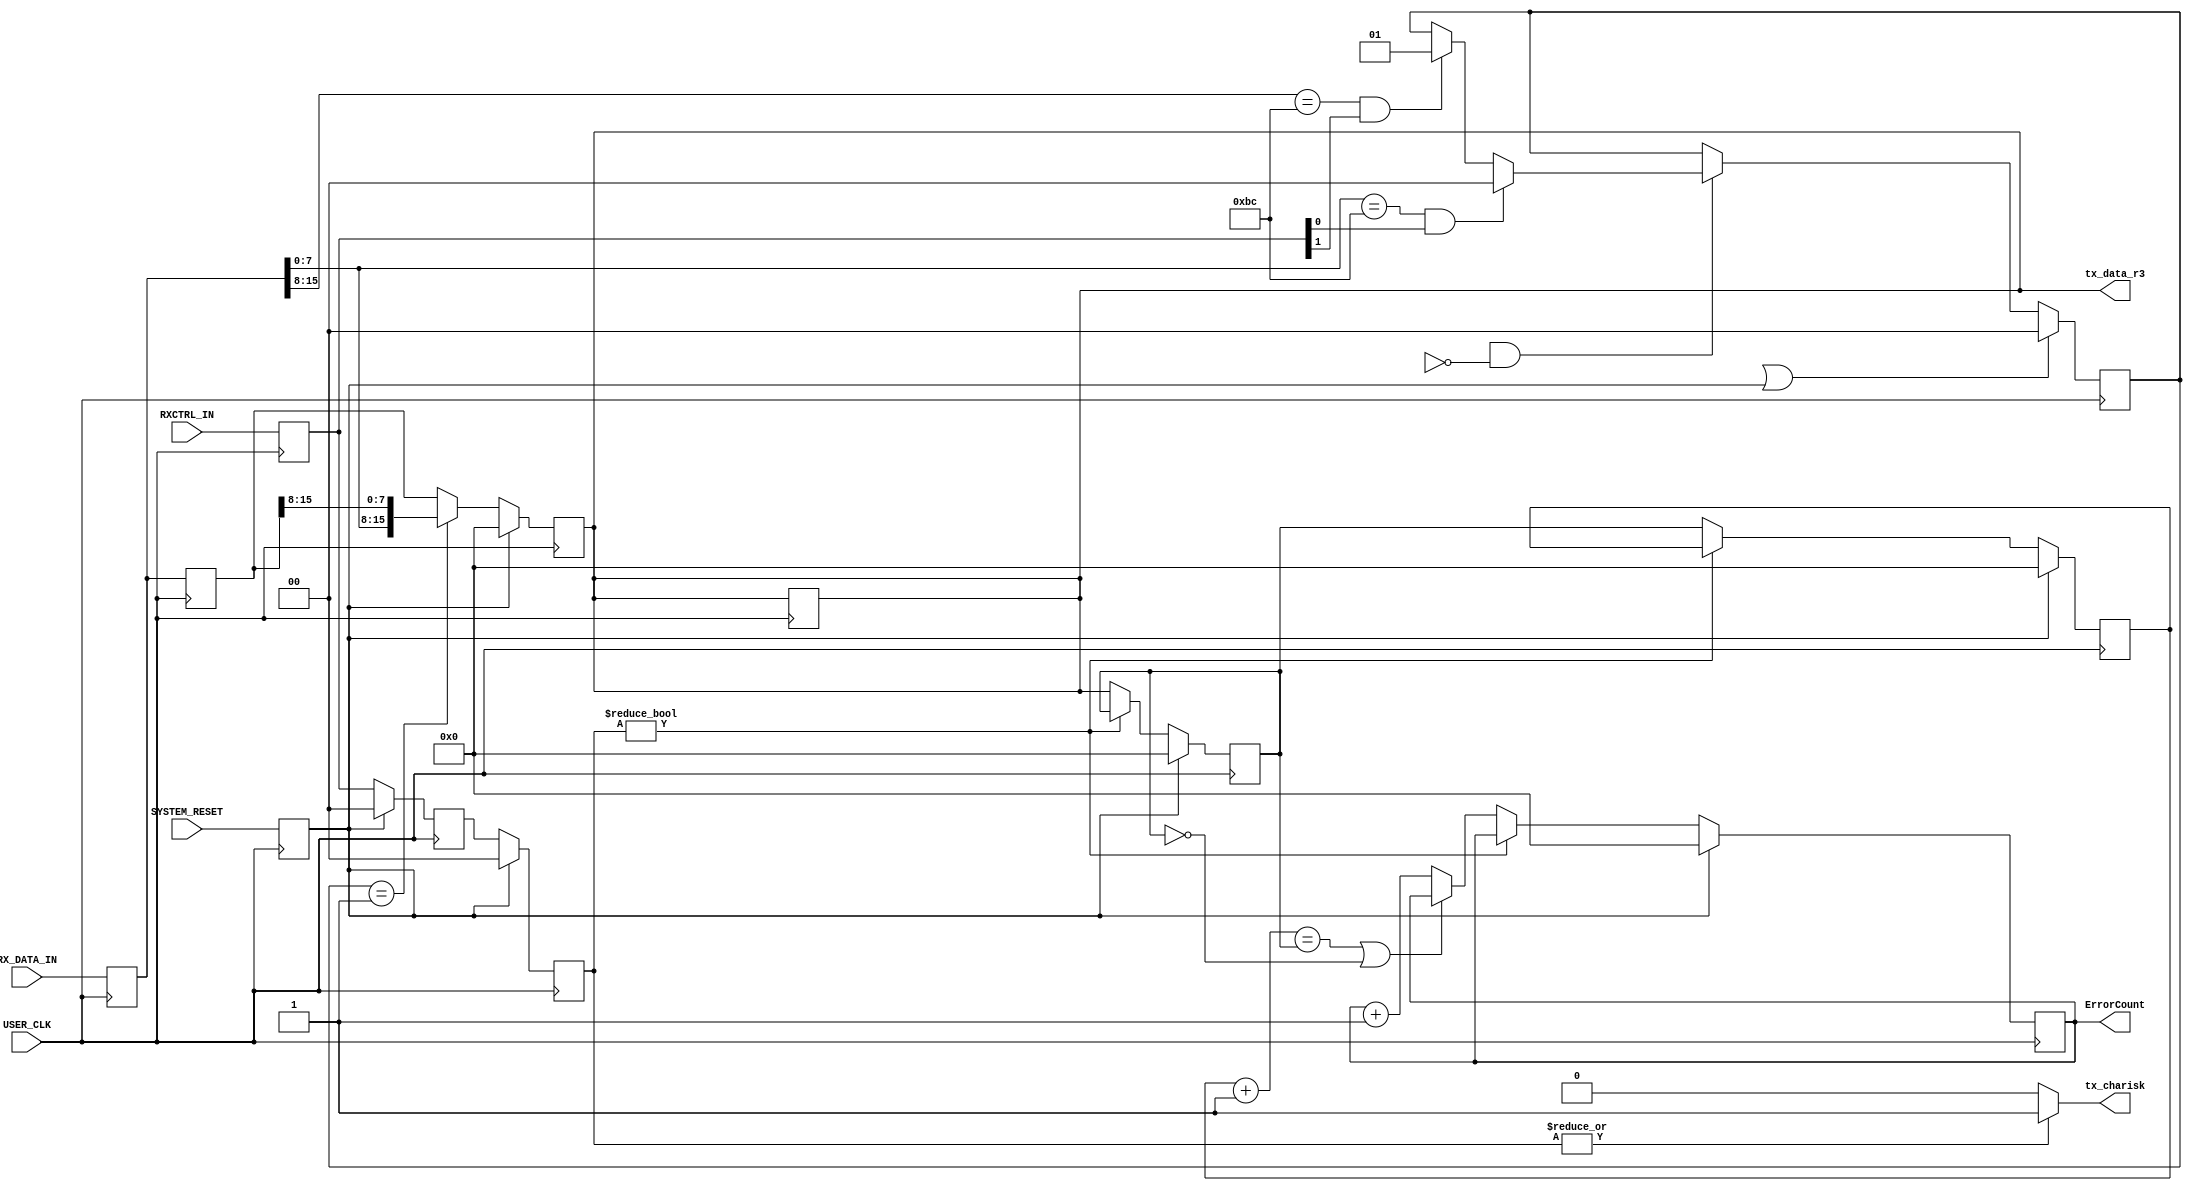
///////////////////////////////////////////////////////////////////////////////
//   ____  ____ 
//  /   /\/   / 
// /___/  \  /    Vendor: Xilinx 
// \   \   \/     Version : 1.12
//  \   \         Application : Virtex-6 FPGA GTX Transceiver Wizard  
//  /   /         Filename : frame_check.v
// /___/   /\      
// \   \  /  \ 
//  \___\/\___\ 
//
//
// Module FRAME_CHECK
// Generated by Xilinx Virtex-6 FPGA GTX Transceiver Wizard
// 
// 
// (c) Copyright 2009-2011 Xilinx, Inc. All rights reserved.
// 
// This file contains confidential and proprietary information
// of Xilinx, Inc. and is protected under U.S. and
// international copyright and other intellectual property
// laws.
// 
// DISCLAIMER
// This disclaimer is not a license and does not grant any
// rights to the materials distributed herewith. Except as
// otherwise provided in a valid license issued to you by
// Xilinx, and to the maximum extent permitted by applicable
// law: (1) THESE MATERIALS ARE MADE AVAILABLE "AS IS" AND
// WITH ALL FAULTS, AND XILINX HEREBY DISCLAIMS ALL WARRANTIES
// AND CONDITIONS, EXPRESS, IMPLIED, OR STATUTORY, INCLUDING
// BUT NOT LIMITED TO WARRANTIES OF MERCHANTABILITY, NON-
// INFRINGEMENT, OR FITNESS FOR ANY PARTICULAR PURPOSE; and
// (2) Xilinx shall not be liable (whether in contract or tort,
// including negligence, or under any other theory of
// liability) for any loss or damage of any kind or nature
// related to, arising under or in connection with these
// materials, including for any direct, or any indirect,
// special, incidental, or consequential loss or damage
// (including loss of data, profits, goodwill, or any type of
// loss or damage suffered as a result of any action brought
// by a third party) even if such damage or loss was
// reasonably foreseeable or Xilinx had been advised of the
// possibility of the same.
// 
// CRITICAL APPLICATIONS
// Xilinx products are not designed or intended to be fail-
// safe, or for use in any application requiring fail-safe
// performance, such as life-support or safety devices or
// systems, Class III medical devices, nuclear facilities,
// applications related to the deployment of airbags, or any
// other applications that could lead to death, personal
// injury, or severe property or environmental damage
// (individually and collectively, "Critical
// Applications"). Customer assumes the sole risk and
// liability of any use of Xilinx products in Critical
// Applications, subject only to applicable laws and
// regulations governing limitations on product liability.
// 
// THIS COPYRIGHT NOTICE AND DISCLAIMER MUST BE RETAINED AS
// PART OF THIS FILE AT ALL TIMES. 


`timescale 1ns / 1ps
`define DLY #1

//***********************************Entity Declaration************************

module FRAME_CHECK #
(
    // parameter to set the number of words in the BRAM
    parameter   RX_DATA_WIDTH            =   16,
    parameter  RXCTRL_WIDTH              =    2
)	
(
    // User Interface
    input  wire [(RX_DATA_WIDTH-1):0] RX_DATA_IN,
    input  wire [(RXCTRL_WIDTH-1):0]  RXCTRL_IN,
    output wire [15:0]ErrorCount,
	output wire [15:0]  tx_data_r3,
	output wire   tx_charisk,
 // System Interface
    input  wire         USER_CLK,
    input  wire         SYSTEM_RESET
 
);


//***************************Internal Register Declarations******************** 

    reg             reset_on_error_in_r;
    reg             system_reset_r;

    reg             begin_r;
 (*Debug = "true"*)  reg             data_error_detected_r;
    reg     [8:0]   error_count_r;
 (*Debug = "true"*)  reg             error_detected_r;
    reg     [9:0]   read_counter_i;    

    reg     [79:0] rom [0:511];    

    reg     [(RX_DATA_WIDTH-1):0] rx_data_r;
    reg     [(RX_DATA_WIDTH-1):0] rx_data_r_track;

	reg             start_of_packet_detected_r;    
	reg             track_data_r;
	reg             track_data_r2;
	reg             track_data_r3;
	reg     [79:0]  rx_data_ram_r;
 (*MARK_DEBUG = "True"*)    reg     [(RX_DATA_WIDTH-1):0] rx_data_r2;
 (*MARK_DEBUG = "True"*)    reg     [(RX_DATA_WIDTH-1):0] rx_data_r3;
    reg     [(RX_DATA_WIDTH-1):0] rx_data_r4;
    reg     [(RX_DATA_WIDTH-1):0] rx_data_r5;
    reg     [(RX_DATA_WIDTH-1):0] rx_data_r6;
    reg     [(RXCTRL_WIDTH-1):0]  rxctrl_r;
    reg     [(RXCTRL_WIDTH-1):0]  rxctrl_r2;
    reg     [(RXCTRL_WIDTH-1):0]  rxctrl_r3;

    reg             rx_chanbond_seq_r;
    reg             rx_chanbond_seq_r2;
    reg             rx_chanbond_seq_r3; 
 
 
  (*Debug = "true"*)   reg     [1:0]   sel;

//*********************************Wire Declarations***************************


    (*Debug = "true"*) wire            error_detected_c;


	
    assign tx_data_r3                   = rx_data_r3;
    assign tx_charisk                   = (|rxctrl_r3==1'b1)?1'b1:1'b0;
//*********************************Main Body of Code***************************

    //___________ synchronizing the async reset for ease of timing simulation ________
      always@(posedge USER_CLK)
       system_reset_r <= `DLY SYSTEM_RESET;  

    //______________________ Register RXDATA once to ease timing ______________   

    always @(posedge USER_CLK)
    begin
        rx_data_r  <= `DLY    RX_DATA_IN;
        rx_data_r2 <= `DLY    rx_data_r;
    end 

    always @(posedge USER_CLK)
    begin
        rxctrl_r  <= `DLY    RXCTRL_IN;
    end
    //______________________________ Capture incoming data ____________________    

    always @(posedge USER_CLK)
    begin
        if(system_reset_r)    rx_data_r3 <= 'h0;
        else
        begin
            if(sel == 2'b01)
            begin
                rx_data_r3   <=  `DLY    {rx_data_r[(RX_DATA_WIDTH/2 - 1):0],rx_data_r2[(RX_DATA_WIDTH-1):RX_DATA_WIDTH/2]};  
            end
        else rx_data_r3  <=  `DLY    rx_data_r2;
        end
    end

    always @(posedge USER_CLK)
    begin
        if(system_reset_r)  
        begin
            rxctrl_r2      <=  `DLY   'h0;
            rxctrl_r3      <=  `DLY   'h0;
        end
        else
        begin
            rxctrl_r2      <=  `DLY   rxctrl_r;
            rxctrl_r3      <=  `DLY   rxctrl_r2;
        end
    end
    assign rx_data_aligned = rx_data_r3;
    // In 2 Byte scenario, when align_comma_word=1, Comma can appear on any of the two bytes
    // The comma is moved to the lower byte so that error checking can start
    always @(posedge USER_CLK)
    begin
        if(reset_on_error_in_r || system_reset_r)    sel <= 2'b00;
        else if (begin_r && !rx_chanbond_seq_r)
        begin
            // if Comma appears on BYTE0 ..
            if((rx_data_r[(RX_DATA_WIDTH/2 - 1):0] == 8'hBC) && rxctrl_r[0])
                sel <= 2'b00;
            // if Comma appears on BYTE1 ..            
            else if((rx_data_r[(RX_DATA_WIDTH-1):RX_DATA_WIDTH/2] == 8'hBC) && rxctrl_r[1])
            begin
                sel <= 2'b01;
            end
        end      
    end

	
	
	//!!!!add by LG //
//~~~~~~~~~~~~~~~~~~~~~~~~~~~~~~~~~~~~~Check Data ~~~~~~~~~~~~~~~~~~~~~~~~~~~//
    reg [15:0]TempError;
	
	reg [15:0]TempData1;
	reg [15:0]TempData2;
	always @ (posedge USER_CLK)
	if(system_reset_r)begin
			TempData1 <= 0;
			TempData2 <= 0;
			end 
    else if(rxctrl_r3) begin
			rx_data_r3 <= rx_data_r3;
			TempData1 <= TempData1;
			TempData2 <= TempData2;
			end 
		else begin
		    TempData1 <= rx_data_r3;
			TempData2 <= TempData1; 
			end
			

	
	always @ (posedge USER_CLK)
	if(system_reset_r)begin
	   TempError <= 0;
	end
	else if (rxctrl_r3)begin
			TempError <=  TempError;
	    end
		else if(TempData2 + 1'b1 == TempData1 || TempData1==0 ) begin
				   TempError <=  TempError;
			 end 
			 else begin 
			      TempError <= TempError +1'b1;
			 end      
    
	
	assign ErrorCount = TempError;
    
endmodule